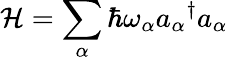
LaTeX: {\mathcal{H}}=\sum_{\alpha}\hbar\omega_{\alpha}{a_{\alpha}}^{\dagger}a_{\alpha}